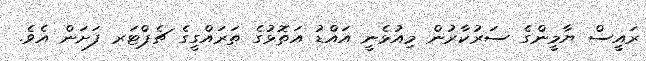
ރައީސް ޔާމީންގެ ސަރުކާރުން މިއުޅެނީ އައްޑު އަތޮޅުގެ ތަރައްގީގެ ޗެޕްޓަރ ފަށަން އެވެ.